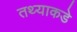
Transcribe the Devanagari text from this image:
तथ्याकडे